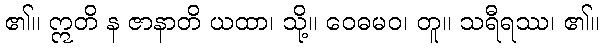
၏။ ဣတိ န ဇာနာတိ ယထာ၊ သို့။ ဝေဓမဝ၊ တူ။ သရီရဿ၊ ၏။